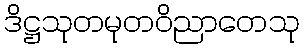
ဒိဋ္ဌသုတမုတဝိညာတေသု